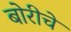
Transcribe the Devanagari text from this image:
बोरीचे